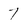
Character: 7